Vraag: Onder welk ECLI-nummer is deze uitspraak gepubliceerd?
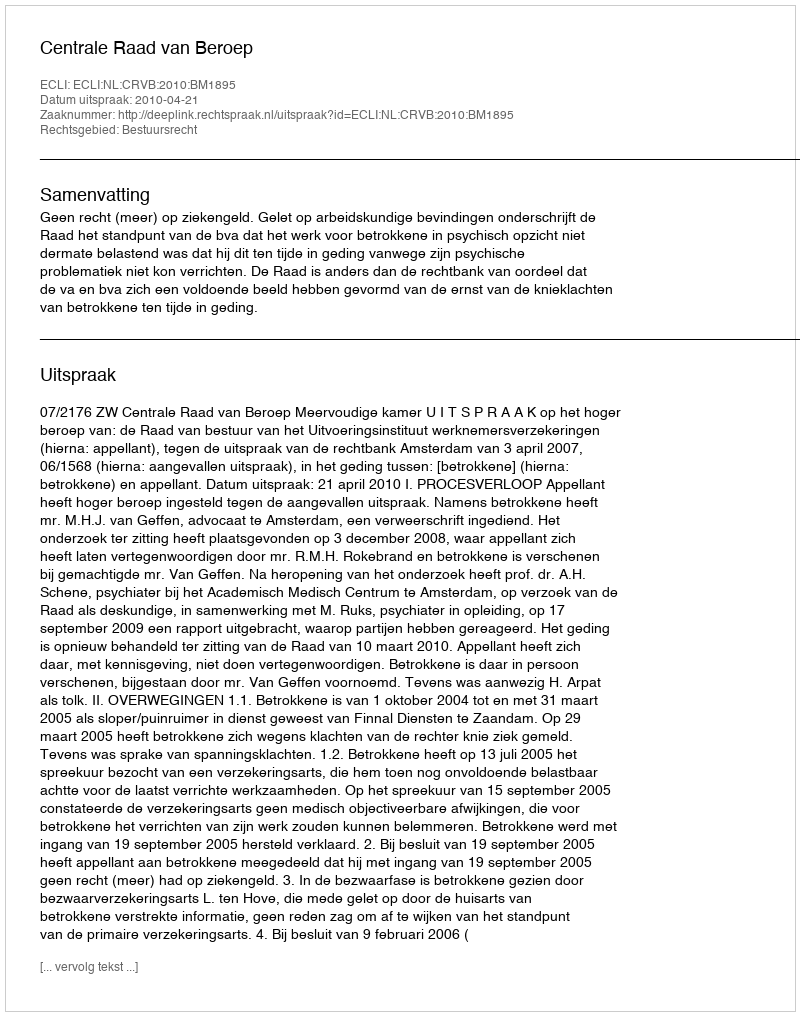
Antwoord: ECLI:NL:CRVB:2010:BM1895